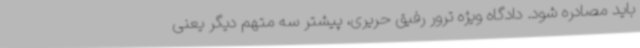
باید مصادره شود. دادگاه ویژه ترور رفیق حریری، پیشتر سه متهم دیگر یعنی